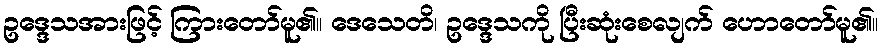
ဥဒ္ဒေသအားဖြင့် ကြားတော်မူ၏။ ဒေသေတိ၊ ဥဒ္ဒေသကို ပြီးဆုံးစေလျက် ဟောတော်မူ၏။